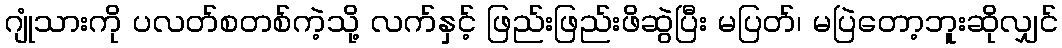
ဂျုံသားကို ပလတ်စတစ်ကဲ့သို့ လက်နှင့် ဖြည်းဖြည်းဖိဆွဲပြီး မပြတ်၊ မပြဲတော့ဘူးဆိုလျှင်